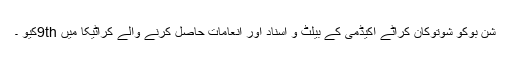
شن بوکو شوتوکان کراٹے اکیڈمی کے بیلٹ و اسناد اور انعامات حاصل کرنے والے کراٹیکا میں 9thکیو ۔